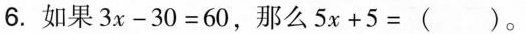
6. 如果 $$3 x - 3 0 = 6 0$$ ，那么 $$5 x + 5 = ( )$$ 。